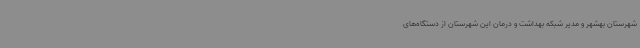
شهرستان بهشهر و مدیر شبکه بهداشت و درمان این شهرستان از دستگاه‌های